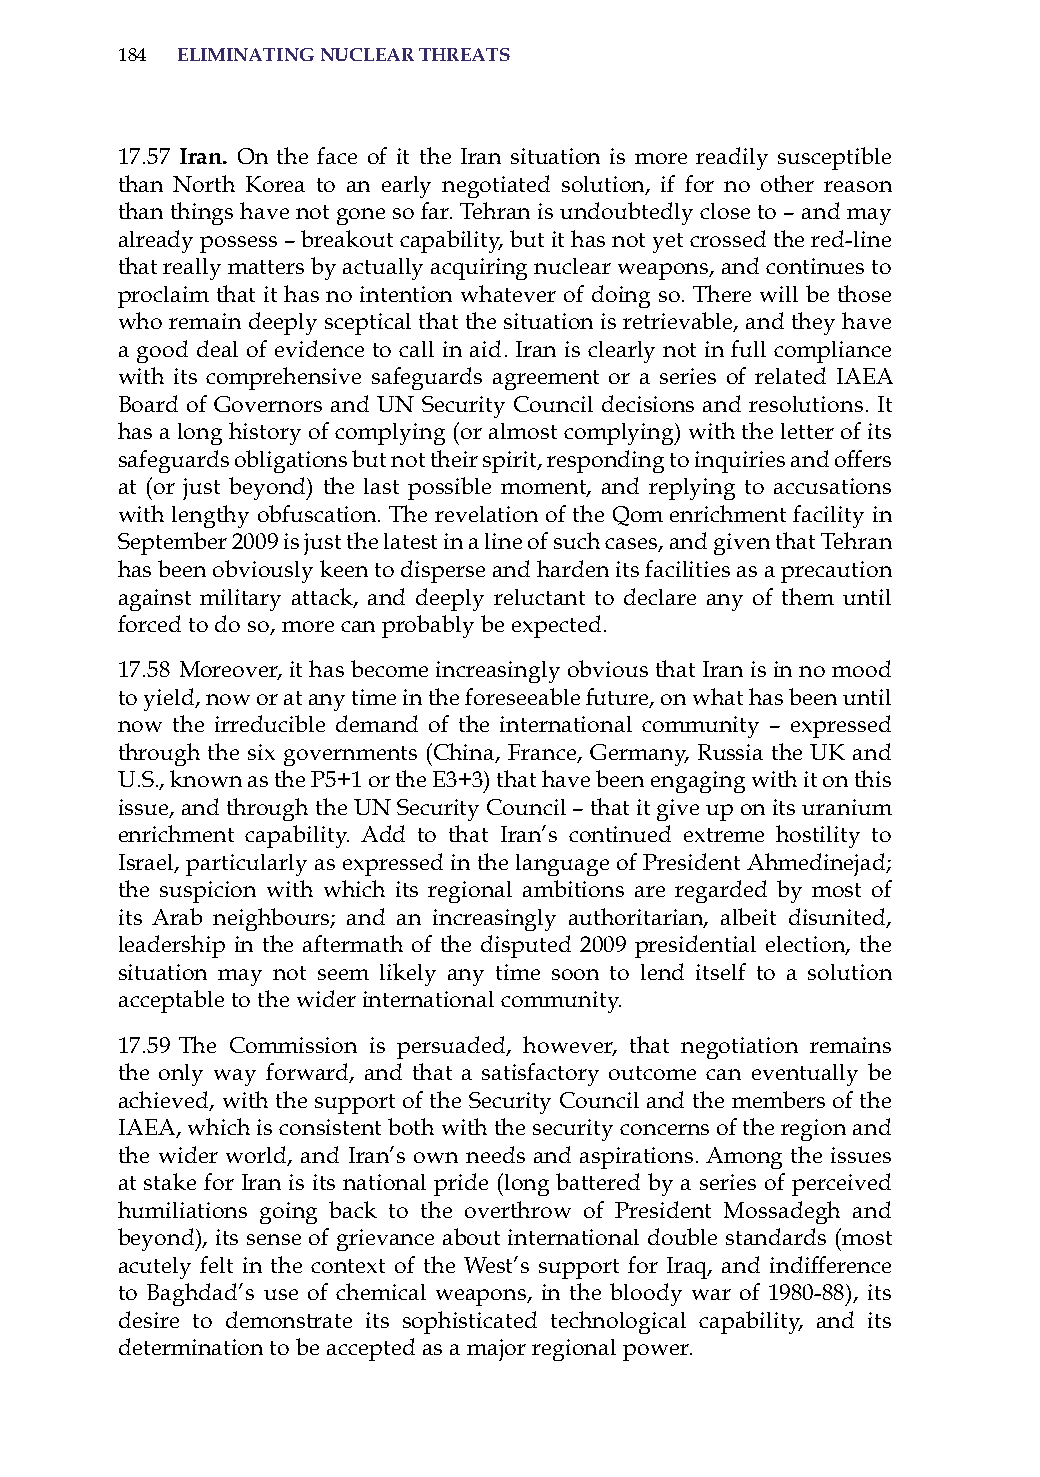
184 eliminatinG nuclear threats
 17.57 iran. on the face of it the iran situation is more readily susceptible
 than North Korea to an early negotiated solution, if for no other reason
 than things have not gone so far. Tehran is undoubtedly close to – and may
 already possess – breakout capability, but it has not yet crossed the red-line
 that really matters by actually acquiring nuclear weapons, and continues to
 proclaim that it has no intention whatever of doing so. There will be those
 who remain deeply sceptical that the situation is retrievable, and they have
 a good deal of evidence to call in aid. iran is clearly not in full compliance
 with its comprehensive safeguards agreement or a series of related iaEa
 Board of Governors and UN security Council decisions and resolutions. it
 has a long history of complying (or almost complying) with the letter of its
 safeguards obligations but not their spirit, responding to inquiries and offers
 at (or just beyond) the last possible moment, and replying to accusations
 with lengthy obfuscation. The revelation of the Qom enrichment facility in
 september 2009 is just the latest in a line of such cases, and given that Tehran
 has been obviously keen to disperse and harden its facilities as a precaution
 against military attack, and deeply reluctant to declare any of them until
 forced to do so, more can probably be expected.
 17.58 Moreover, it has become increasingly obvious that iran is in no mood
 to yield, now or at any time in the foreseeable future, on what has been until
 now the irreducible demand of the international community – expressed
 through the six governments (China, France, Germany, russia the UK and
 U.s., known as the P5+1 or the E3+3) that have been engaging with it on this
 issue, and through the UN security Council – that it give up on its uranium
 enrichment capability. add to that iran’s continued extreme hostility to
 israel, particularly as expressed in the language of President ahmedinejad;
 the suspicion with which its regional ambitions are regarded by most of
 its arab neighbours; and an increasingly authoritarian, albeit disunited,
 leadership in the aftermath of the disputed 2009 presidential election, the
 situation may not seem likely any time soon to lend itself to a solution
 acceptable to the wider international community.
 17.59 The Commission is persuaded, however, that negotiation remains
 the only way forward, and that a satisfactory outcome can eventually be
 achieved, with the support of the security Council and the members of the
 iaEa, which is consistent both with the security concerns of the region and
 the wider world, and iran’s own needs and aspirations. among the issues
 at stake for iran is its national pride (long battered by a series of perceived
 humiliations going back to the overthrow of President Mossadegh and
 beyond), its sense of grievance about international double standards (most
 acutely felt in the context of the West’s support for iraq, and indifference
 to Baghdad’s use of chemical weapons, in the bloody war of 1980-88), its
 desire to demonstrate its sophisticated technological capability, and its
 determination to be accepted as a major regional power.